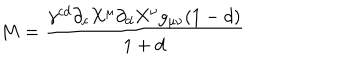
LaTeX: M = \frac { \gamma ^ { c d } \partial _ { c } X ^ { \mu } \partial _ { d } X ^ { \nu } g _ { \mu \nu } ( 1 - d ) } { 1 + d }